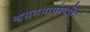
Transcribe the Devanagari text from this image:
श्वसनमार्गावरील